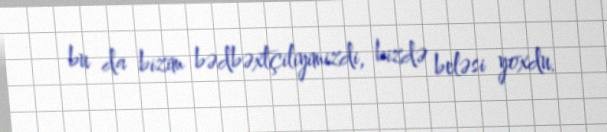
bu da bizim bədbəxtçiliyimizdi, bizdə beləsi yoxdu.